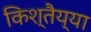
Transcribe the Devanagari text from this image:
किश्तैय्या